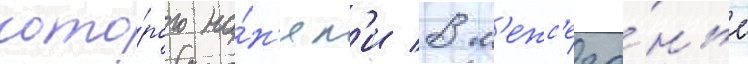
кото́рого на́н'ял'и в м'ежс'езо́нье